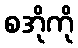
စအိုကို